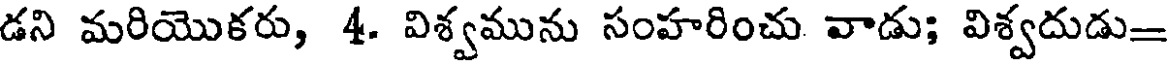
డని మరియొకరు, 4. విశ్వమును సంహరించు వాడు; విశ్వదుడు=